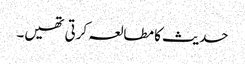
حدیث کا مطالعہ کرتی تھیں۔